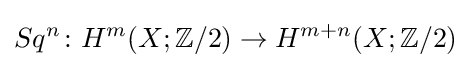
Sq^{n}\colon H^{m}(X;\mathbb {Z} /2)\to H^{m+n}(X;\mathbb {Z} /2)